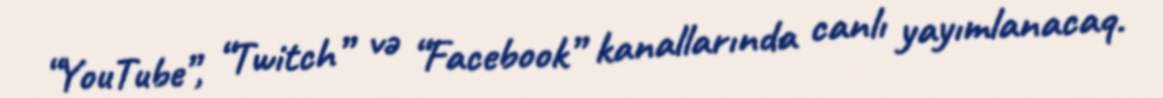
“YouTube”, “Twitch” və “Facebook” kanallarında canlı yayımlanacaq.